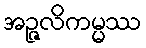
အဉ္ဇလိကမ္မဿ